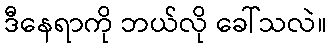
ဒီနေရာကို ဘယ်လို ခေါ်သလဲ။